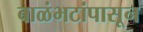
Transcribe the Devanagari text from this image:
बाळंभटांपासून